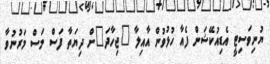
ޔުނިވަސިޓީ އެޑިއުކޭޝަން ފެއާ ހުޅުވުން އާއިލާ "ޖިހާދަ"ށް ދިޔަތާ ފަސް މަސް މަރުނުވާ